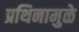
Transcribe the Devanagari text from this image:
प्रथिनामुळे